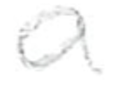
Text: a
Cross-out: clean
Writing tool: pencil